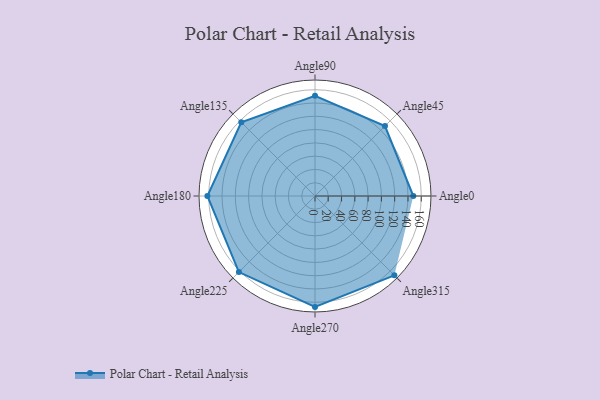
{"axis": {"x": "Angle", "y": "Radius"}, "legend": [""], "data": [{"x": "Angle0", "y": 148.0, "type": ""}, {"x": "Angle45", "y": 149.0, "type": ""}, {"x": "Angle90", "y": 151.0, "type": ""}, {"x": "Angle135", "y": 157.0, "type": ""}, {"x": "Angle180", "y": 162.0, "type": ""}, {"x": "Angle225", "y": 162.0, "type": ""}, {"x": "Angle270", "y": 167.0, "type": ""}, {"x": "Angle315", "y": 169.0, "type": ""}]}